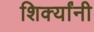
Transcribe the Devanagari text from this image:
शिर्क्यांनी